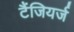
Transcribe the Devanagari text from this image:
टैंजियर्ज